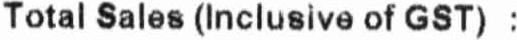
TOTAL SALES (INCLUSIVE OF GST) :